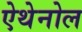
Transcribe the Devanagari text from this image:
ऐथेनोल